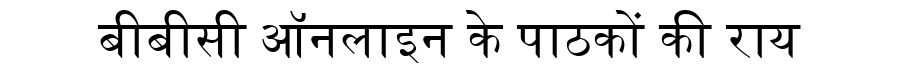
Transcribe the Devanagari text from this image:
बीबीसी ऑनलाइन के पाठकों की राय